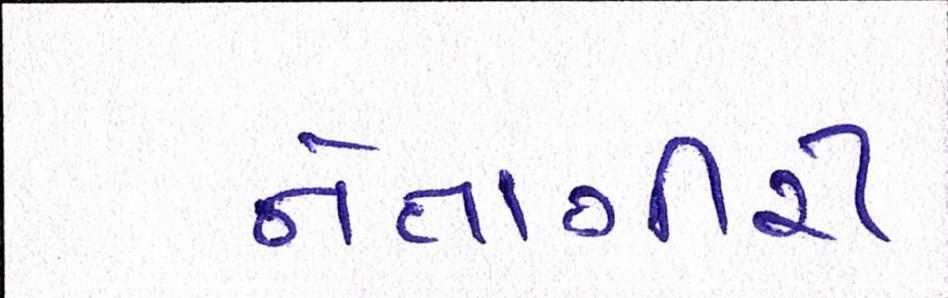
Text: નેતાગીરી